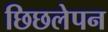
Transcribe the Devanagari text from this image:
छिछलेपन